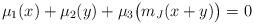
LaTeX: \begin{align*} \mu_1(x) + \mu_2(y) + \mu_3\bigl(m_J(x+y)\bigr)=0\end{align*}